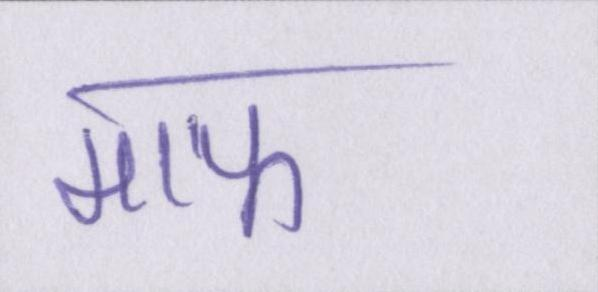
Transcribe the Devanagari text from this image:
माफ